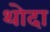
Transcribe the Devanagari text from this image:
थोदा